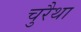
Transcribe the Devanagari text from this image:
चुरैथा